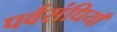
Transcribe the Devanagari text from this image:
पर्वसंधियाँ